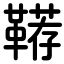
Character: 鞯